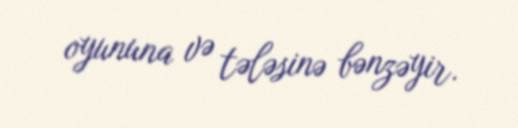
oyununa və tələsinə bənzəyir.